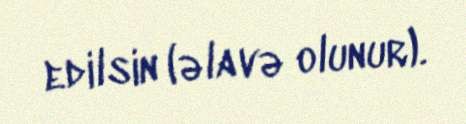
edilsin (əlavə olunur).